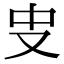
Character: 㕜